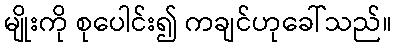
မျိုးကို စုပေါင်း၍ ကချင်ဟုခေါ်သည်။